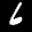
Label: 6